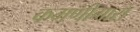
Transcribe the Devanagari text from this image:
कमणीगारा